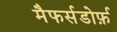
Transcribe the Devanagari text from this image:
मैफर्सडोर्फ़